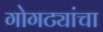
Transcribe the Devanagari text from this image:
गोगट्यांचा